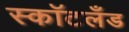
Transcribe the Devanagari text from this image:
स्कॉटलॅंड